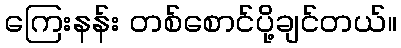
ကြေးနန်း တစ်စောင်ပို့ချင်တယ်။